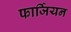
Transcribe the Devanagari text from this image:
फार्जियन